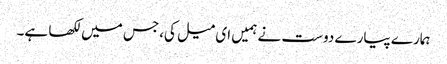
ہمارے پیارے دوست نے ہمیں ای میل کی،جس میں لکھا ہے۔